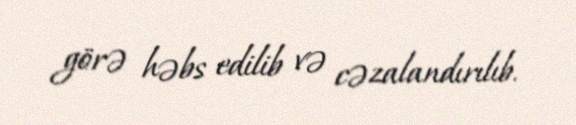
görə həbs edilib və cəzalandırılıb.